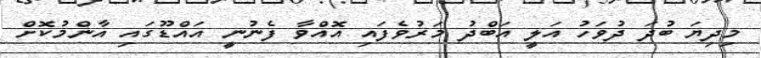
މިދިޔަ ބުދަ ދުވަހު އަލީ އަބްދު މަރުވެފައި އޮއްވާ ފެނުނީ އައްޑޫގައި އާންމުކޮށް